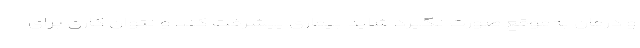
و درمان به‌موقع صورت نگیرد شاید بیماری پیشرفت کند و نتوان کاری برای